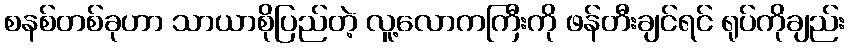
စနစ်တစ်ခုဟာ သာယာစိုပြည်တဲ့ လူ့လောကကြီးကို ဖန်တီးချင်ရင် ရုပ်ကိုချည်း